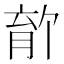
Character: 𫆡